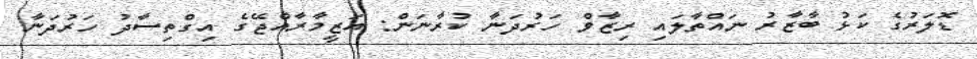
ޑޮލަރުގެ ކަޅު ބާޒާރު ނައްތާލައި ރިޒާވް ހަރުދަނާ ކުރާނަން: އަޒީމާރާއްޖޭގެ އިގްތިސާދު ހަރުދަނާ